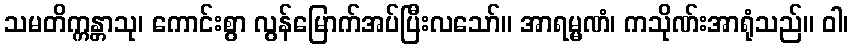
သမတိက္ကန္တာသု၊ ကောင်းစွာ လွန်မြောက်အပ်ပြီးလသော်။ အာရမ္မဏံ၊ ကသိုဏ်းအာရုံသည်။ ဝါ၊